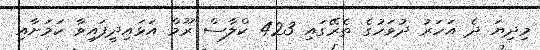
މިދިޔަ ދެ އަހަރު ދުވަހުގެ ތެރޭގައި 423 ކްލާސް ރޫމް އަޅައިދީފައިވާ ކަމަށާއި